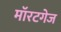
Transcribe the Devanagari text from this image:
मॉरटगेज